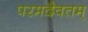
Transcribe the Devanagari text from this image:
परमदैवतम्